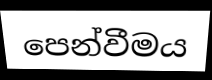
පෙන්වීමය